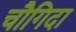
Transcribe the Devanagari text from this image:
चौगिदा